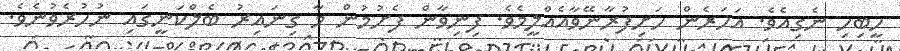
ހީބިހި ނެގިއެވެ. އަހަރެން ހަށިފުރާނޭވާއެއްލީމެވެ. ފިނިވާން ފެށުމުން މާ ގިނައިރު ބެލްކަނީގައި ނުހުރެވުނެވެ.